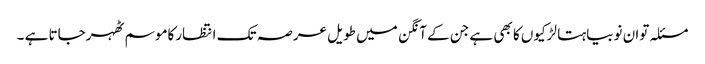
مسئلہ توان نوبیاہتا لڑکیوں کا بھی ہے جن کے آنگن میں طویل عرصہ تک انتظارکاموسم ٹھہرجاتا ہے ۔